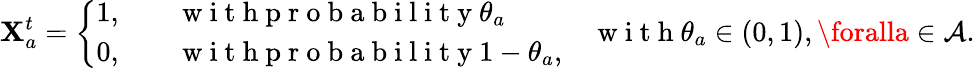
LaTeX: \mathbf{X}_{a}^{t}=\left\{ \begin{array}{ll}{1,\quad}&{\mathrm{~w~i~t~h~p~r~o~b~a~b~i~l~i~t~y~}\theta_{a}}\\ {0,}&{\mathrm{~w~i~t~h~p~r~o~b~a~b~i~l~i~t~y~}1-\theta_{a},}\end{array}\right.\quad\mathrm{{~w~i~t~h~}}\theta_{a}\in(0,1),\foralla\in\mathcal{{A}}.